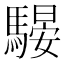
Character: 騴